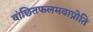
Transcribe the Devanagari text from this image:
वांछितफलमवाप्नोति